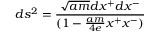
d s ^ { 2 } = { \frac { \sqrt { a m } d x ^ { + } d x ^ { - } } { ( 1 - { \frac { a m } { 4 e } } x ^ { + } x ^ { - } ) } }